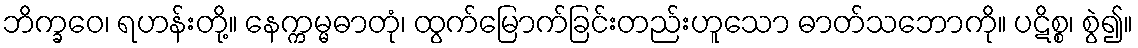
ဘိက္ခဝေ၊ ရဟန်းတို့။ နေက္ကမ္မဓာတုံ၊ ထွက်မြောက်ခြင်းတည်းဟူသော ဓာတ်သဘောကို။ ပဋိစ္စ၊ စွဲ၍။